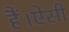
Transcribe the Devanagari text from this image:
हैं।ऐसी